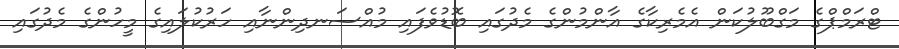
ޓްރަމްޕްގެ މަގްބޫލުކަން އެމެރިކާގެ އާންމުންގެ މެދުގައި ބޮޑުވެފައި މުއްސަނދިންނާއި ހަރުކުލައިގެ މީހުންގެ މެދުގައި